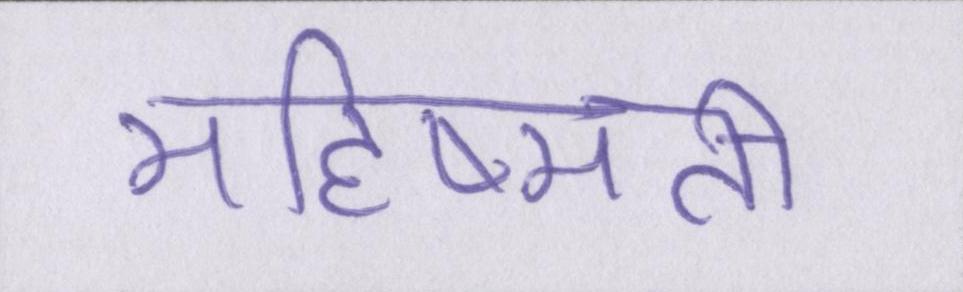
महिष्मती